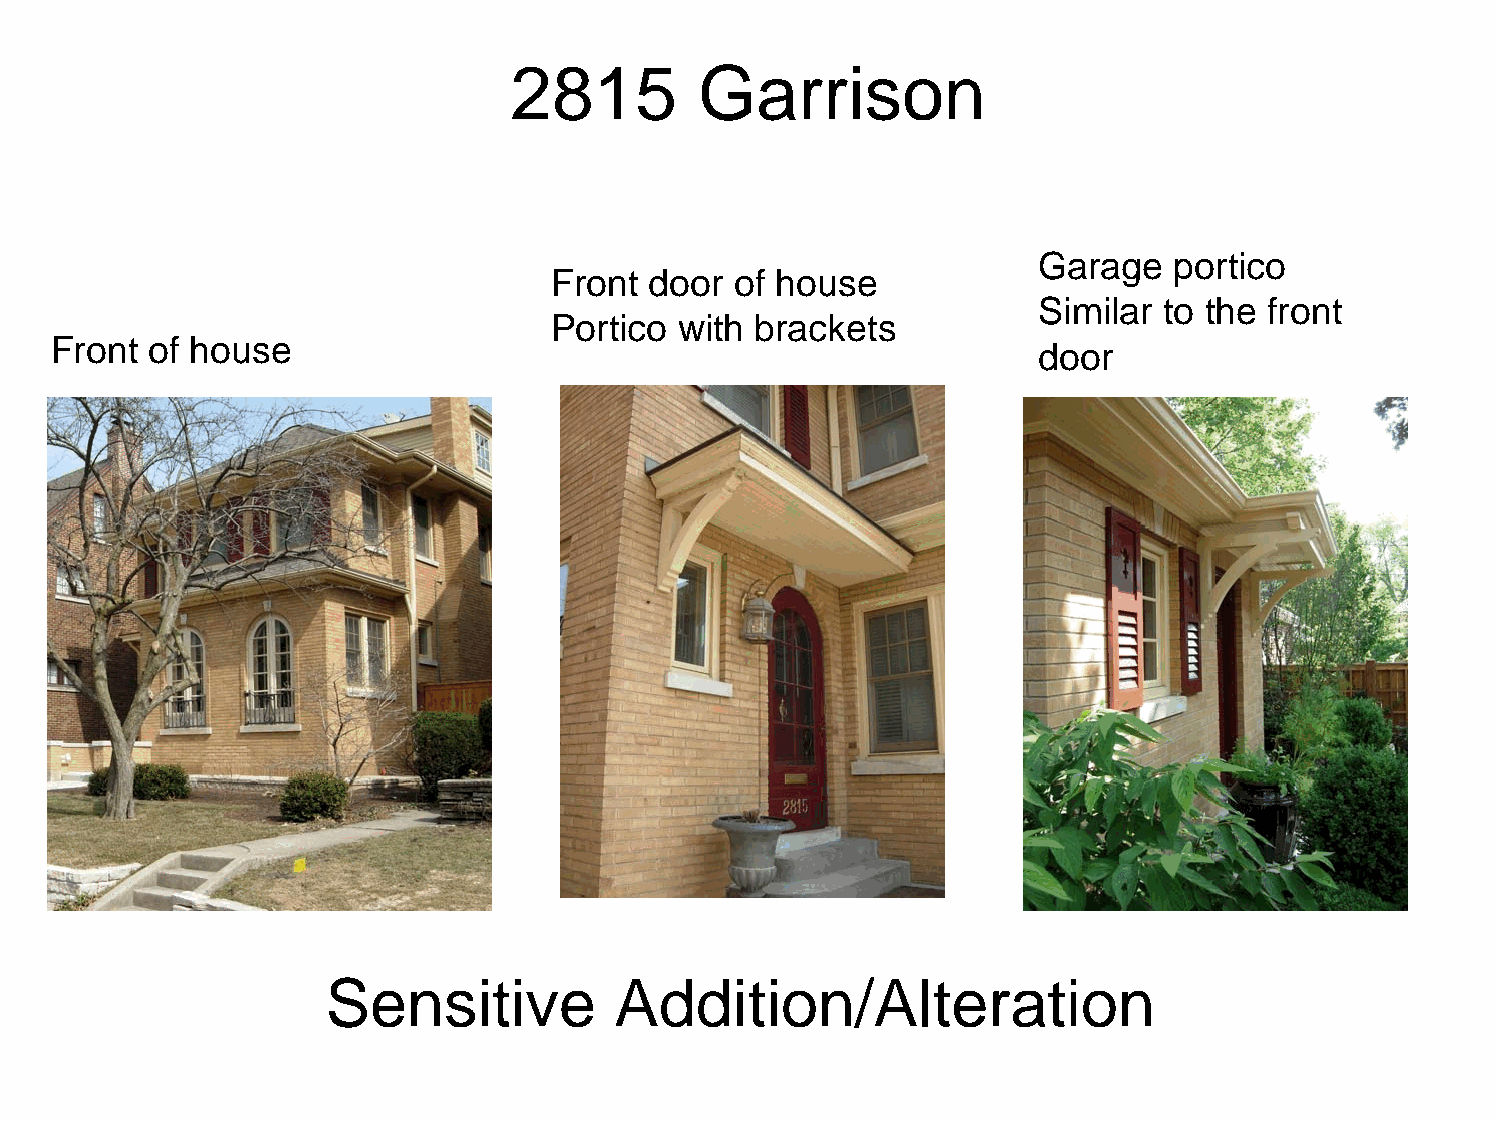
2815        Garrison
 Garage   portico
 Front door  of house
 Similar to the front
 Portico with brackets
 Front  of house
 door
 Sensitive          Addition/Alteration